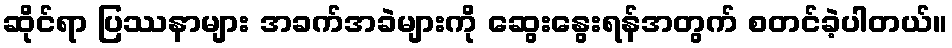
ဆိုင်ရာ ပြဿနာများ အခက်အခဲများကို ဆွေးနွေးရန်အတွက် စတင်ခဲ့ပါတယ်။